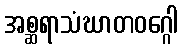
အစ္ဆရာသံဃာတဝဂ္ဂေါ